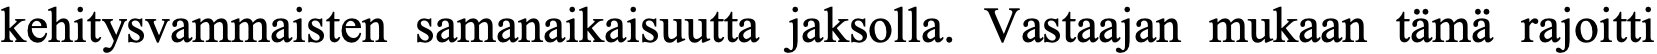
kehitysvammaisten samanaikaisuutta jaksolla. Vastaajan mukaan tämä rajoitti